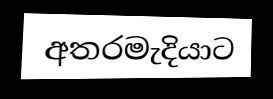
අතරමැදියාට